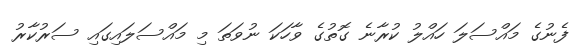
ފެނުގެ މައްސަލަ ހައްލު ކުރާނެ ގޮތުގެ ވާހަކަ ނުވަތަ މި މައްސަލައިގައި ސަރުކާރު